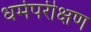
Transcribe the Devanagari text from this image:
धर्मपरीक्षण